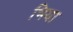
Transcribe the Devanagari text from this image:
भिया